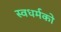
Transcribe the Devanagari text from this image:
स्‍वधर्मको